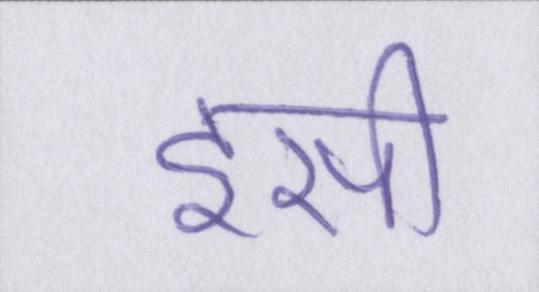
इसी